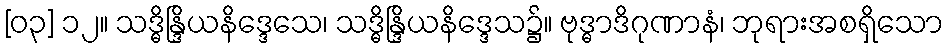
[၀၃] ၁၂။ သဒ္ဓိန္ဒြိယနိဒ္ဒေသေ၊ သဒ္ဓိန္ဒြိယနိဒ္ဒေသ၌။ ဗုဒ္ဓာဒိဂုဏာနံ၊ ဘုရားအစရှိသော